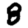
Digit: 8